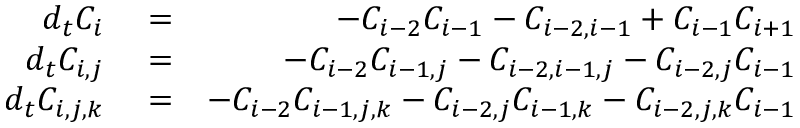
\begin{array} { r l r } { d _ { t } C _ { i } } & { { } = } & { - C _ { i - 2 } C _ { i - 1 } - C _ { i - 2 , i - 1 } + C _ { i - 1 } C _ { i + 1 } } \\ { d _ { t } C _ { i , j } } & { { } = } & { - C _ { i - 2 } C _ { i - 1 , j } - C _ { i - 2 , i - 1 , j } - C _ { i - 2 , j } C _ { i - 1 } } \\ { d _ { t } C _ { i , j , k } } & { { } = } & { - C _ { i - 2 } C _ { i - 1 , j , k } - C _ { i - 2 , j } C _ { i - 1 , k } - C _ { i - 2 , j , k } C _ { i - 1 } } \end{array}